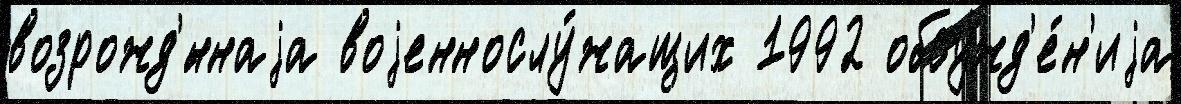
возрожд'́ннаjа воjеннослу́жащих 1992 обсужд'е́н'иjа